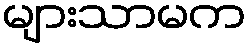
များသာမက